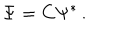
LaTeX: \Psi = { C } \Psi ^ { \ast } \, .